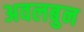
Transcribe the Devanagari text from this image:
अवलबुन